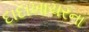
દાદાખાચરના